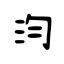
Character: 汮